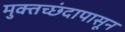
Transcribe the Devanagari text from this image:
मुक्तच्‍छंदापासून